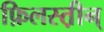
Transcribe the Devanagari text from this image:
फ़िलस्त़ीन्